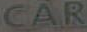
CAR